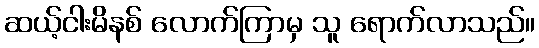
ဆယ့်ငါးမိနစ် လောက်ကြာမှ သူ ရောက်လာသည်။